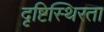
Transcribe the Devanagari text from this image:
दृष्टिस्थिरता